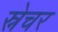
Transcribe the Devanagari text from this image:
स्नेचर